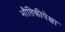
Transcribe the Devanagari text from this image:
भौतिकीपेक्षा